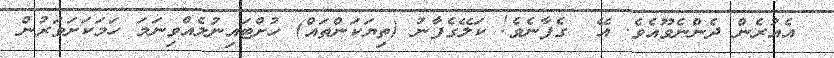
އެއުރެން ދެންނެވޫއެވެ. އޭ  ގެފާނެވެ! ކަލޭގެފާނު (ތިޔަކަންތައް) ހުށްޓައިނުލެއްވިނަމަ ހަމަކަށަވަރުން